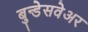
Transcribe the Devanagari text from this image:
बुन्डेसवेअर